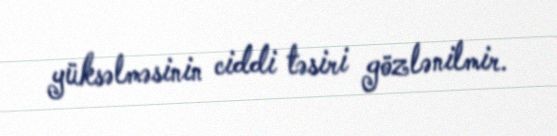
yüksəlməsinin ciddi təsiri gözlənilmir.